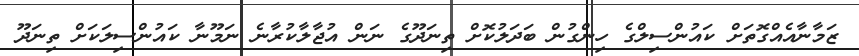
ޒަމާނާއެއްގޮތަށް ކައުންސިލްގެ ހިންގުން ބަދަލުކޮށް ތިނަދޫގެ ނަން އުޖާލާކުރާނެ ނަމޫނާ ކައުންސިލަކަށް ތިނަދޫ